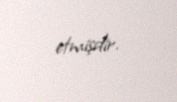
etmişdir.